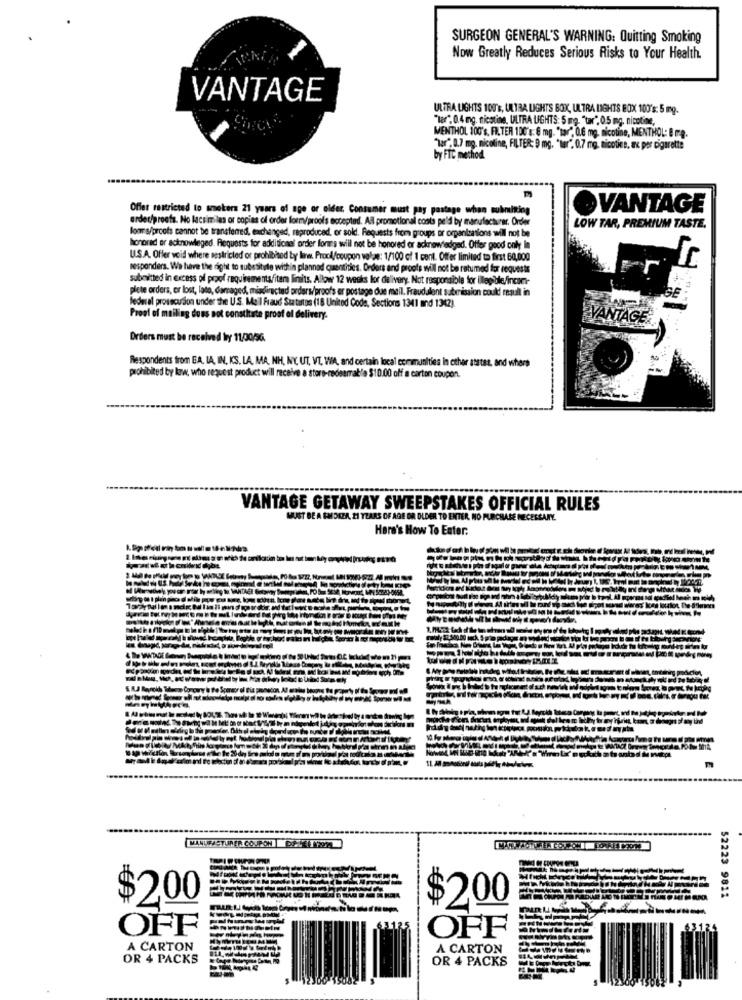
SURGEON GENERAL'S WARNING: Quitting Smoking
Now Greatly Reduces Serious Risks to Your Health.
VANTAGE
ULTRA LIGHTS 100's, LATRA LIGHTS BOX, ULTRA LIGHTS BOX 100's: 5 mg.
"Ter", 0.4 mg. nicotine, ULTRA LIGHTS: 5 mg. "tar" 0.5 mg. nicotine,
MENTHOL 100's, FILTER 100's: @ mg. "tar", 0.6 mg. nicotine, MENTHOL: B me.
"Tar", 0.7 mg. nicotine, FILTER; 9 mg. "tar", 0.7 mg, nicotine, ax por cigarette
by FTC method.
Offer restricted to smokers 21 years of age or older. Consumer must pay postage when submitting
VANTAGE
erdet/proofs. No lacsimiles or copies of order form/proof's accepted. All promotional costa peld by manufacturer. Order
LOW TAR, PREMIUM TASTE,
loom s/proots cannot be transferred, exchanged, reproduced, or sold. Requests from groups or organizations will not be
honored or actnowleged. Requests for additional order forms will not be honored or acknowledged. Offer good only in
U.S.A. Offer void where restricted or prohibited by laww. Proc/coupon wolas: 1/100 of 1 cont. Offer limited to first 60,000
responders. We have the right to substitute within plannad quantities. Orders and proofs will not be ratumed for requests
submitted in excess of proof requirementsfitam limits. Allow 12 weeks for delivery. Not responsible for illegible/incart-
plete orders, or lost, lato, damaged, misdirected orders/proofs er postage due mail. Fraudulent submission could resull in
federal prosecution under the U.S. Mail Fraud Statutos (18 United Code, Sections 1341 md 1342).
Proof of mailing does not constitute proof of delivery.
VANT
Drders must be received by 11/00/96.
Respondents from E.A, IA, IN, KS. LA, MA, NH, NY, UT, VT, WA, and certain local communities in other atstat, and where
prohibited by law, who request product will receive a store-redeemable $10.00 off a carton coupon.
VANTAGE GETAWAY SWEEPSTAKES OFFICIAL RULES
MUST BE A SMORZA, 21 YEARS OF AGE OR OLDER TO ENTER NO PURCHASE NECESSARY.
Here's How To Enter:
MILLIYETURER COUPON | BEKLIYOR
$200
52223 9811
$200
OFF
OFF
A CARTON
A CARTON
OR 4 PACKS
OR 4 PACKS